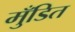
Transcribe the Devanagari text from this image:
मुँडित